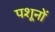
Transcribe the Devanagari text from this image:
पशूनों